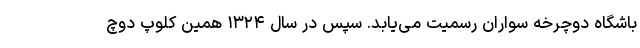
باشگاه دوچرخه سواران رسمیت می‌یابد. سپس در سال ۱۳۲۴ همین کلوپ دوچ